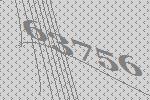
63756